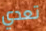
تعدي